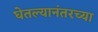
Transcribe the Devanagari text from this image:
घेतल्यानंतरच्या